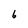
Character: 6